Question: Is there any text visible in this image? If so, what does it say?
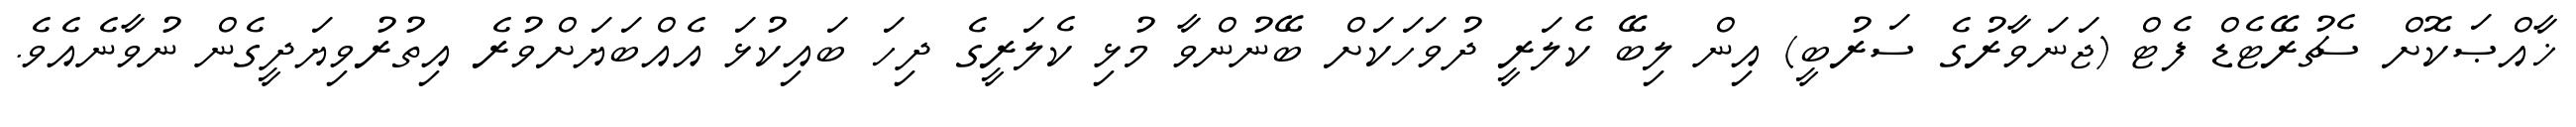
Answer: ޚާއްޞަކޮށް ސެޗުރޭޓެޑް ފެޓް (ޖަނަވާރުގެ ސަރުބީ) އިން ލިބޭ ކެލަރީ ދުވަހަކަށް ބޭނުންވާ މުޅި ކެލަރީގެ ދިހަ ބައިކުޅަ އެއްބަޔަށްވުރެ އިތުރުވިޔަދީގެން ނުވާނެއެވެ.